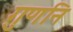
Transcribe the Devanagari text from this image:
गुणनि